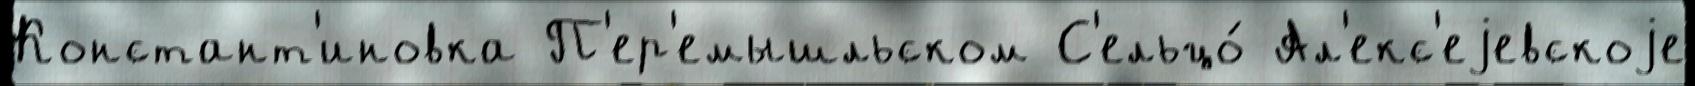
Констант'иновка П'ер'емышльском С'ельцо́ Ал'екс'еjевскоjе